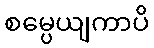
စမ္ပေယျကာပိ